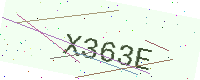
Text: X363E